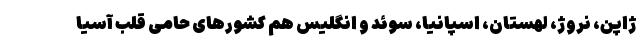
ژاپن، نروژ، لهستان، اسپانیا، سوئد و انگلیس هم کشورهای حامی قلب آسیا